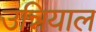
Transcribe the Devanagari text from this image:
उन्नियाल